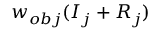
w _ { o b j } ( I _ { j } + R _ { j } )